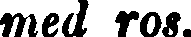
med ros.